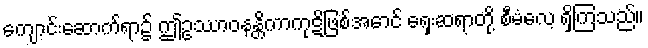
ကျောင်းဆောက်ရာ၌ ဤဥဿာဝနန္တိကာကုဋိဖြစ်အောင် ရှေးဆရာတို့ စီမံလေ့ ရှိကြသည်။